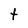
Character: t